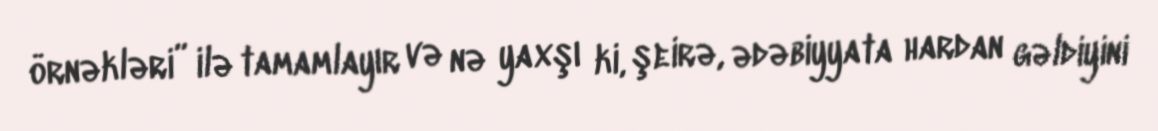
örnəkləri” ilə tamamlayır və nə yaxşı ki, şeirə, ədəbiyyata hardan gəldiyini